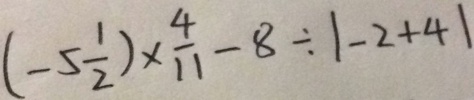
( - 5 \frac { 1 } { 2 } ) \times \frac { 4 } { 1 1 } - 8 \div \vert - 2 + 4 \vert